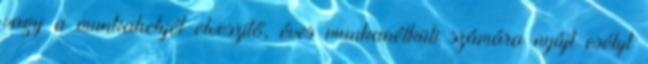
vagy a munkahelyét elveszítő, éves munkanélküli számára nyújt esélyt